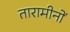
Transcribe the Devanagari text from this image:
तारामीनों